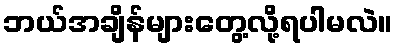
ဘယ်အချိန်များတွေ့လို့ရပါမလဲ။